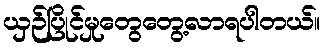
ယှဉ်ပြိုင်မှုတွေတွေ့လာရပါတယ်။